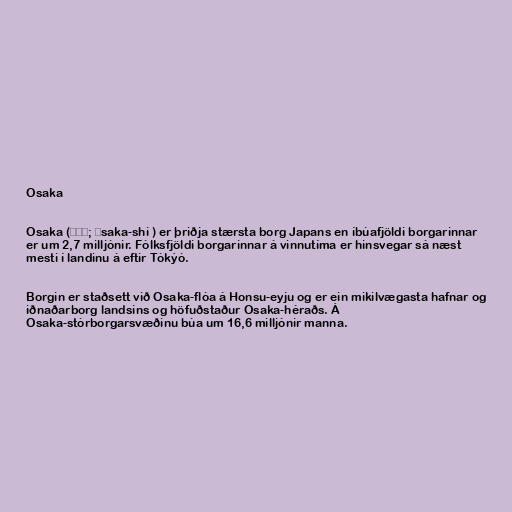
Osaka

Osaka (大阪市; Ōsaka-shi ) er þriðja stærsta borg Japans en íbúafjöldi borgarinnar
er um 2,7 milljónir. Fólksfjöldi borgarinnar á vinnutíma er hinsvegar sá næst
mesti í landinu á eftir Tókýó.

Borgin er staðsett við Osaka-flóa á Honsu-eyju og er ein mikilvægasta hafnar og
iðnaðarborg landsins og höfuðstaður Osaka-héraðs. Á
Osaka-stórborgarsvæðinu búa um 16,6 milljónir manna.